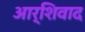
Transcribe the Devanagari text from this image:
आर्शिवाद